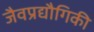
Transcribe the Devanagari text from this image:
जैवप्रद्यौगिकी